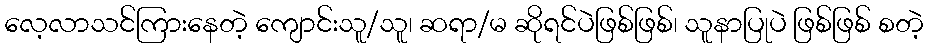
လေ့လာသင်ကြားနေတဲ့ ကျောင်းသူ/သူ၊ ဆရာ/မ ဆိုရင်ပဲဖြစ်ဖြစ်၊ သူနာပြုပဲ ဖြစ်ဖြစ် စတဲ့